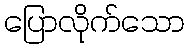
ပြောလိုက်သော